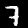
Label: 7